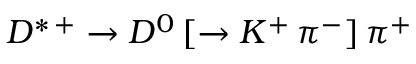
D ^ { * \, + } \rightarrow D ^ { 0 } \, [ \rightarrow K ^ { + } \, \pi ^ { - } ] \, \pi ^ { + }